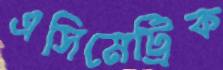
এসিমেট্রিক